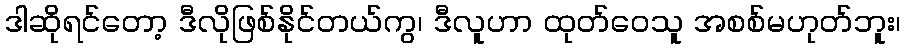
ဒါဆိုရင်တော့ ဒီလိုဖြစ်နိုင်တယ်ကွ၊ ဒီလူဟာ ထုတ်ဝေသူ အစစ်မဟုတ်ဘူး၊